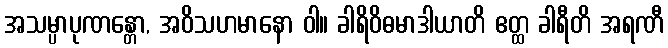
အသမ္ပာပုဏန္တော, အဝိသဟမာနော ဝါ။ ခါရိဝိဓမာဒါယာတိ ဧတ္ထ ခါရီတိ အရဏီ